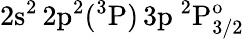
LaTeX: \mathrm{2s^{2}\, 2p^{2}(^{3}P)\, 3p~^{2}P_{3/2}^{o}}